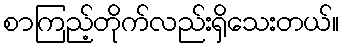
စာကြည့်တိုက်လည်းရှိသေးတယ်။